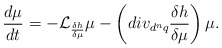
\begin{align*}\frac{d\mu }{dt}=-\mathcal{L}_{\frac{\delta h}{\delta \mu }}\mu-\left( div_{d^{n}q}\frac{\delta h}{\delta \mu }\right) \mu .\end{align*}